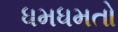
ધમધમતો